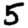
Digit: 5